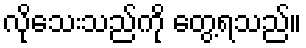
လိုသေးသည်ကို တွေ့ရသည်။